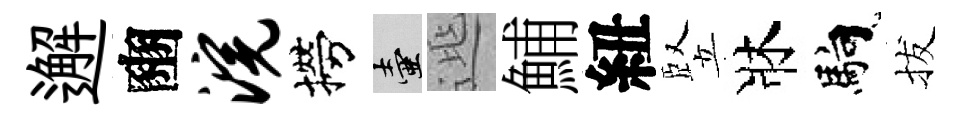
邂豳浣撈壺𨓱鯆紐竪牀馿拔